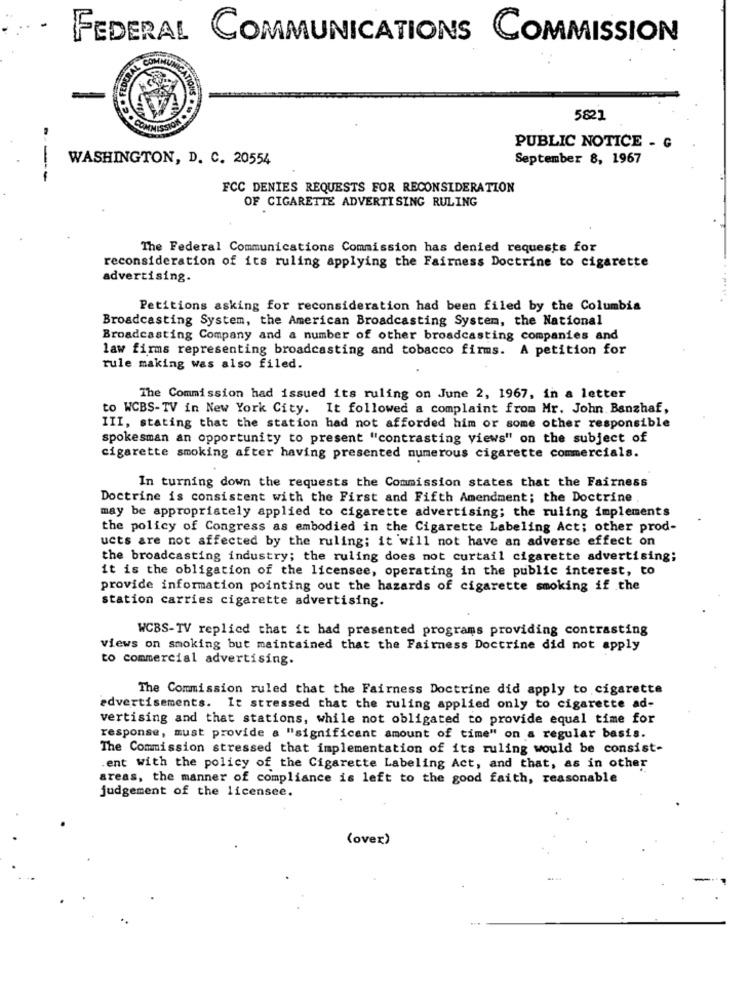
-
FEDERAL COMMUNICATIONS COMMISSION
FEDE
5821
COMMISSIO
PUBLIC NOTICE - G
WASHINGTON, D. C. 20554
September 8, 1967
---
FCC DENIES REQUESTS FOR RECONSIDERATION
OF CIGARETTE ADVERTISING RULING
The Federal Communications Commission has denied requests for
reconsideration of its ruling applying the Fairness Doctrine to cigarette
advertising.
Petitions asking for reconsideration had been filed by the Columbia
Broadcasting System, the American Broadcasting System, the National
Broadcasting Company and a number of other broadcasting companies and
law firms representing broadcasting and tobacco firms. A petition for
rule making was also filed.
The Commission had issued its ruling on June 2, 1967, in a letter
to WCBS-TV in New York City. It followed a complaint from Mr. John Banzhaf,
III, stating that the station had not afforded him or some other responsible
spokesman an opportunity to present "contrasting views" on the subject of
cigarette smoking after having presented numerous cigarette commercials.
In turning down the requests the Commission states that the Fairness
Doctrine is consistent with the First and Fifth Amendment; the Doctrine
may be appropriately applied to cigarette advertising; the ruling implements
the policy of Congress as embodied in the Cigarette Labeling Act; other prod-
ucts are not affected by the ruling; it will not have an adverse effect on
the broadcasting industry; the ruling does not curtail cigarette advertising;
it is the obligation of the licensee, operating in the public interest, to
provide information pointing out the hazards of cigarette smoking if the
station carries cigarette advertising.
WCBS-TV replied that it had presented programs providing contrasting
views on smoking but maintained that the Fairness Doctrine did not apply
to commercial advertising.
The Commission ruled that the Fairness Doctrine did apply to cigarette
advertisements. It stressed that the ruling applied only to cigarette ad-
vertising and that stations, while not obligated to provide equal time for
response, must provide a "significant amount of time" on a regular basis.
The Commission stressed that implementation of its ruling would be consist-
.ent with the policy of the Cigarette Labeling Act, and that, as in other
areas, the manner of compliance is left to the good faith, reasonable
judgement of the licensee.
(over)
...